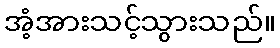
အံ့အားသင့်သွားသည်။